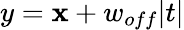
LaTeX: y=\mathbf{x}+w_{off}|t|